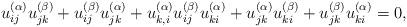
LaTeX: \begin{gather*}u_{ij}^{(\alpha)} u_{jk}^{(\beta)}+u_{ij}^{(\beta)} u_{jk}^{(\alpha)}+u_{k,i}^{(\alpha)} u_{ij}^{(\beta)} u_{ki}^{(\alpha)} + u_{jk}^{(\alpha)}u_{ki}^{(\beta)} + u_{jk}^{(\beta)} u_{ki}^{(\alpha)}=0,\end{gather*}